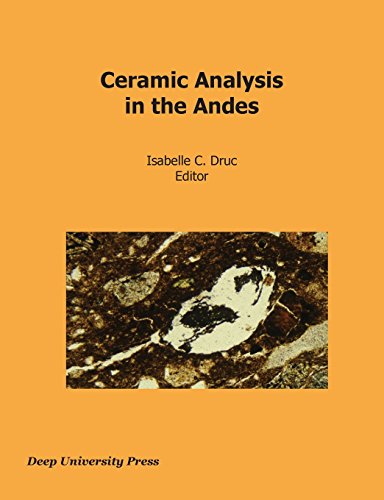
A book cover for Ceramic Analysis in the Andes; Crafts, Hobbies & Home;